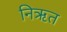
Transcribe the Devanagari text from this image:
निऋत